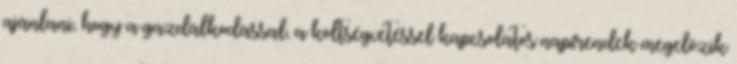
ajánlani, hogy a gazdálkodással, a költségvetéssel kapcsolatos napirendek megelőzik